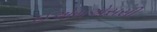
ઈએમએસસી